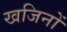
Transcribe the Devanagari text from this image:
खजिनों